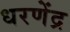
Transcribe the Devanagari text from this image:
धरणेंद्र